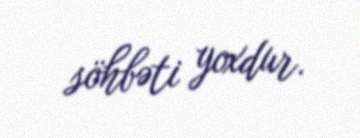
söhbəti yoxdur.